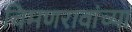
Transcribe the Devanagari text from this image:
चिमणरावांच्या